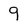
Character: 9